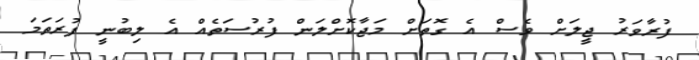
ފުރާވަރު ޖީލަށް ވެސް އެ ގޮތަށް މަޖާކޮށްލަން ފުރުސަތެއް އެ ލިބުނީ ފުރަތަމަ